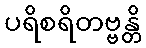
ပရိစရိတဗ္ဗန္တိ